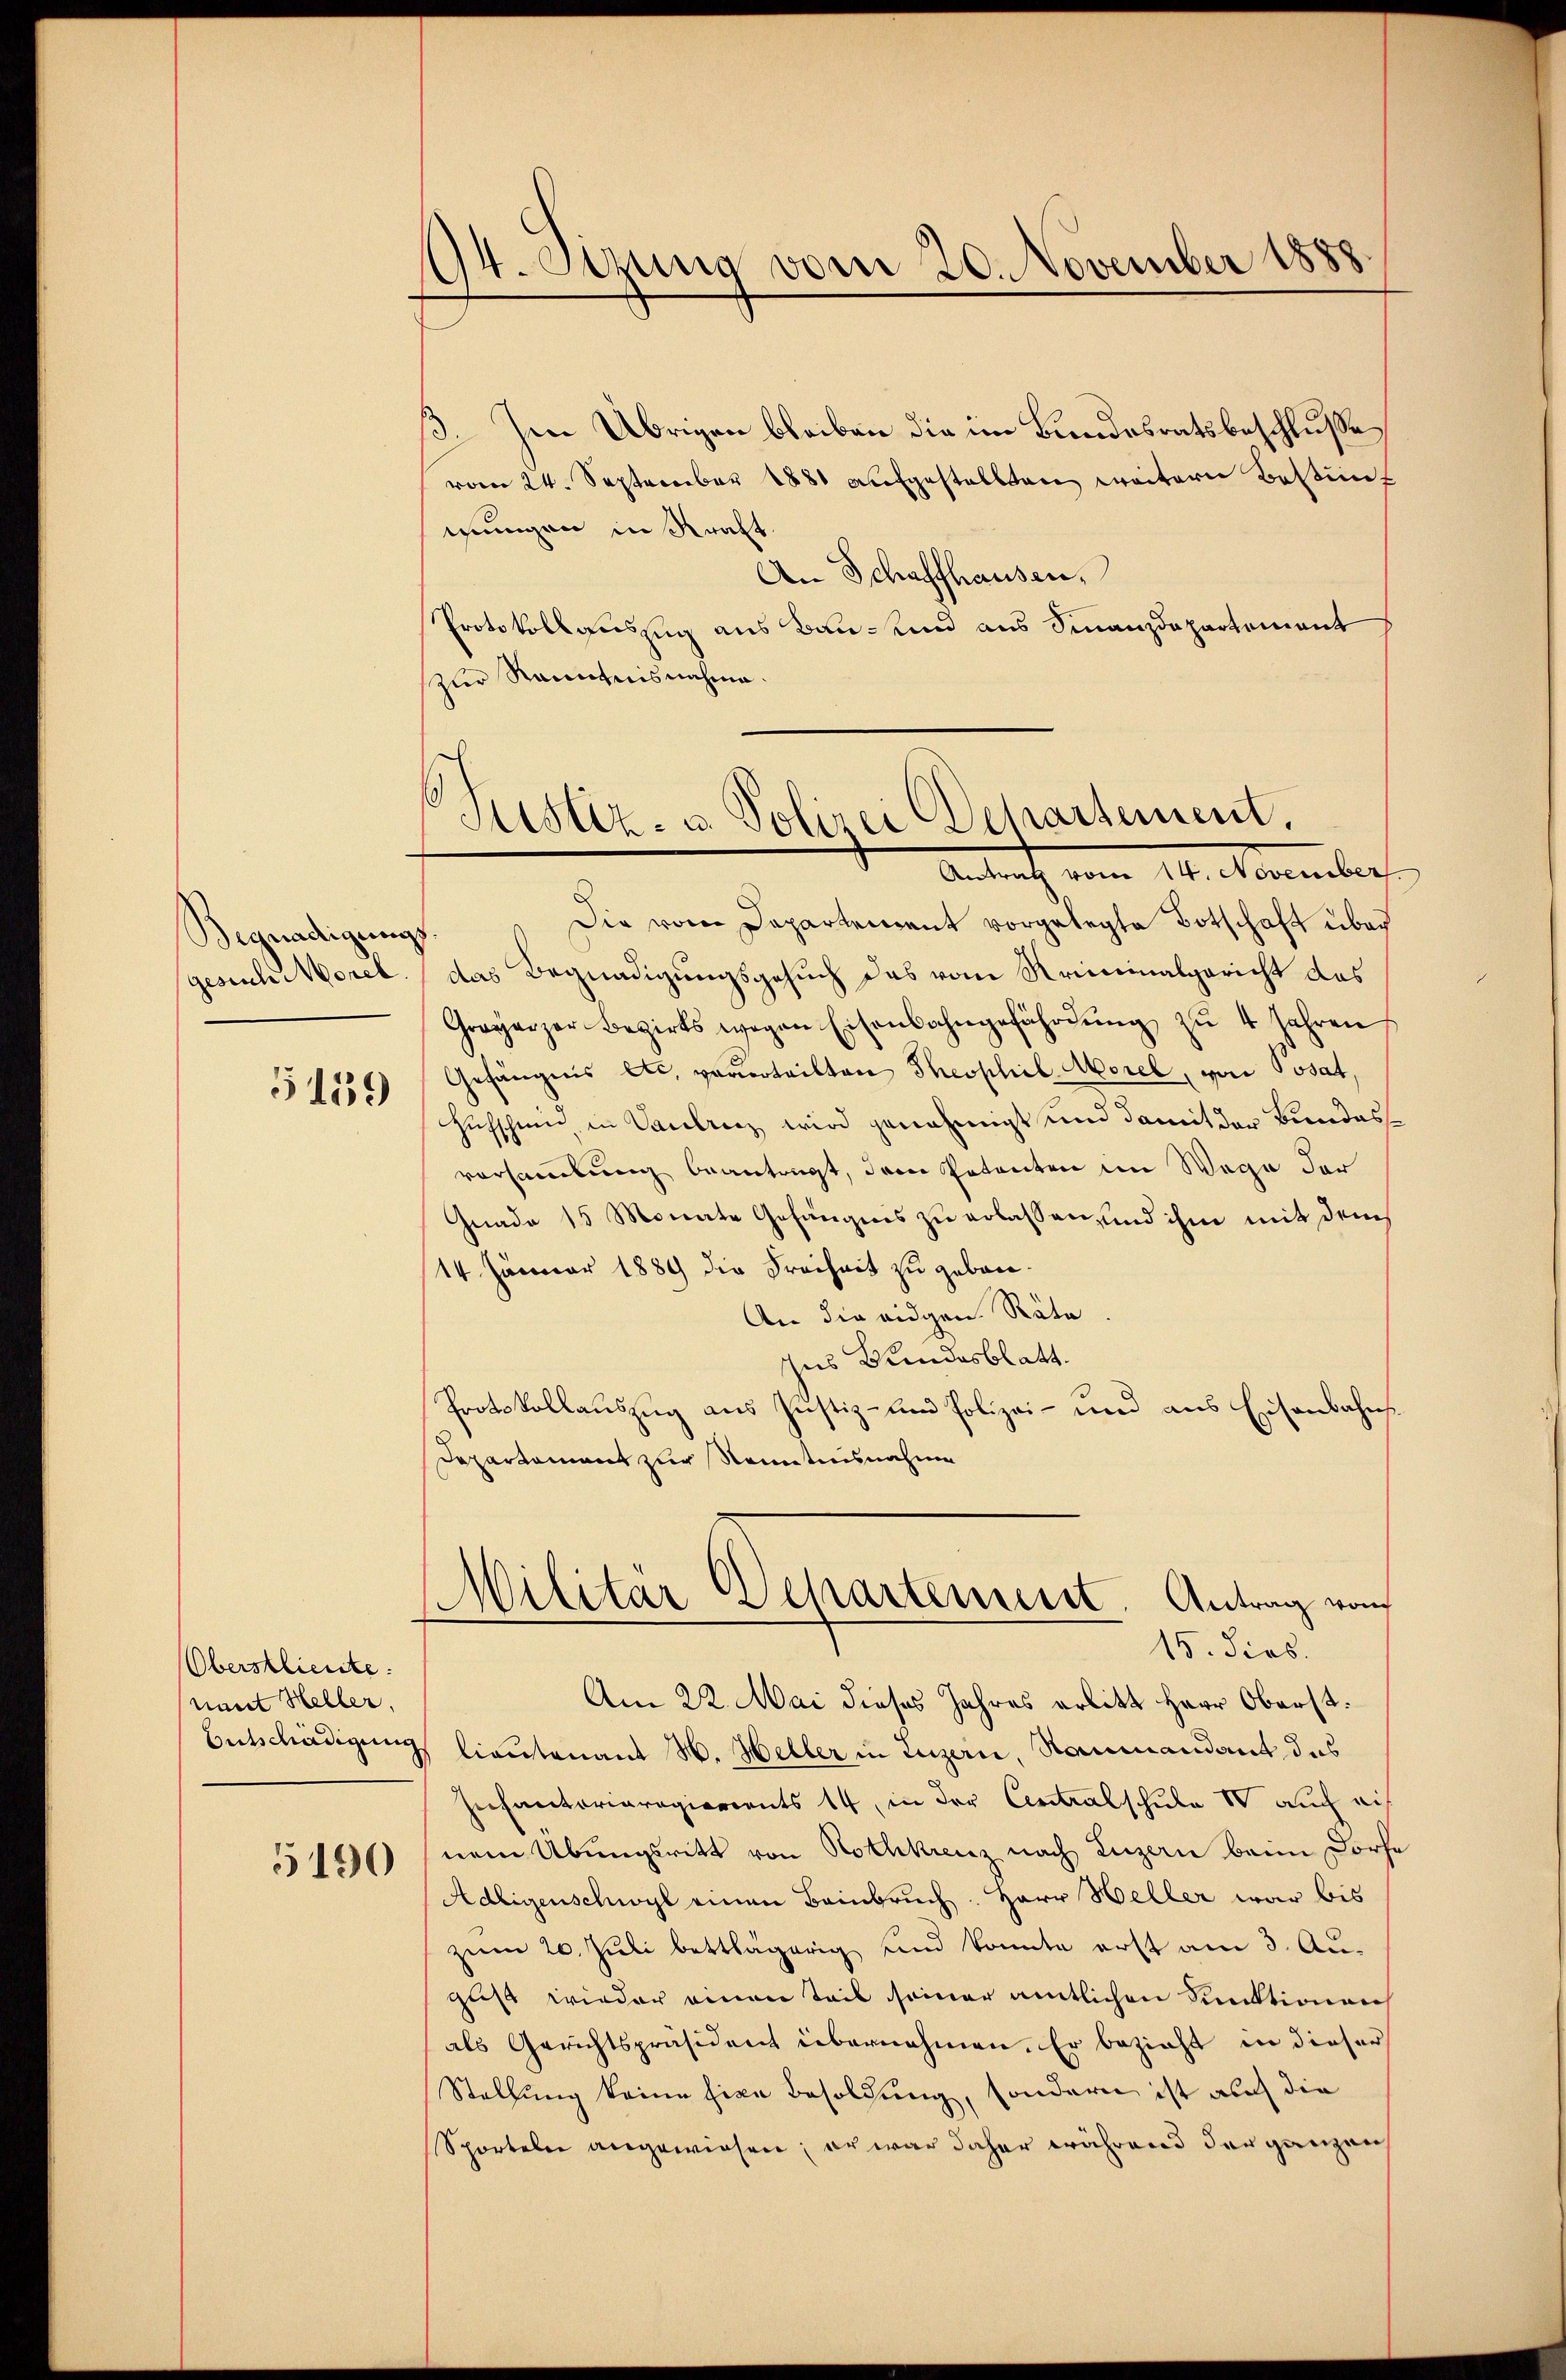
Begnadigungs
gesische Morel

5159

Oberstlieute.
nant Heller.
Entschädigung

5190

94. Setzung vom 20. November 1888.

3. Im Übrigen bleiben die im Bundesratsbeschluße
vom 24. September 1881 aufgestellten weitern Bestim
wungen in Kraft.
An Schaffhausen,
Protokollauszug aus Bau- und aus Finanzdepartement
zur Renntnisnahme.
Die vom Departement vorgelegte Botschaft über
das Begnadigungsgesuch das vom Kriminalgericht das
Graparzer Bezirks wegen Eisenbahngefährdŭng zŭ 4 Jahren
Gefängnis etc. verurteilten Theophil-Morel, von Posat.
Hufschmid in Vaulrez wird genehmigt und damit der Bundesversammlung beantragt, dem Petenten im Wege der
Gnade 15 Monate Gefängnis zu erlassen, und ihm mit dem
14. Januar 1889 die Freiheit zu gebore¬
An die eidgen. Räte
Ins Bundesblatt.
Protokollauszug aus Justiz- und Polizei- und aus Eisenbahns
Departament zur Kenntnisnahme

Justiz- u. Polizei Departement.
Antrag vom 14. November

Militär Departement. Antrag von
15. dies.

Am 22. Mai dieses Jahres erlitt Herr Oberst.
lieutenant H. Heller in Luzern, Nammandant das
Zechantariaregierents 14, in der Centralschule IV auch einem Übungsritt von Rothkreuz nach Luzern beim Dorfe
Adligenschwyl einen Bainbruch. Herr Heller war bis
ziem 20. Juli bettlägerig und konnte erst am 3. Angust wieder einen Teil seiner amtlichen Punktionen
als Gerichtspräsident übernahmen. Er bezieht in dieser
Stellung keine fixe Besoldung, sondern ist auch die
Sporteln angewiesen; er war daher während der ganzen